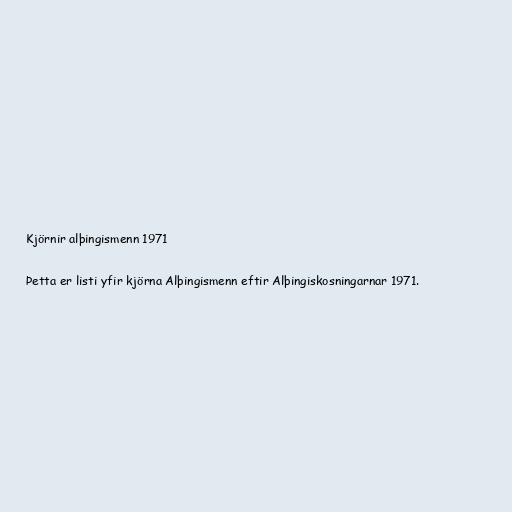
Kjörnir alþingismenn 1971

Þetta er listi yfir kjörna Alþingismenn eftir Alþingiskosningarnar 1971.